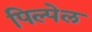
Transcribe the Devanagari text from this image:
पिल्पेल